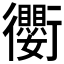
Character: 𫋱